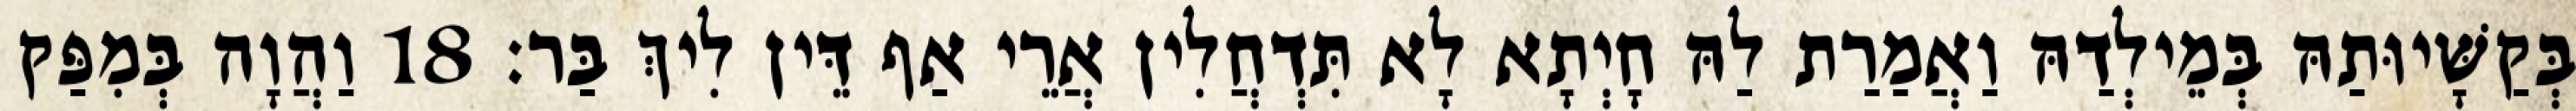
בְּקַשָּׁיוּתַהּ בְּמֵילְדַהּ וַאֲמַרַת לַהּ חָיְתָא לָא תִּדְחֲלִין אֲרֵי אַף דֵּין לִיךְ בַּר׃ 18 וַהֲוָה בְּמִפַּק